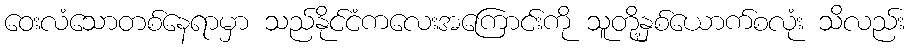
ဝေးလံသောတစ်နေရာမှာ သည်နိုင်ငံကလေးအကြောင်းကို သူတို့နှစ်ယောက်စလုံး သိလည်း